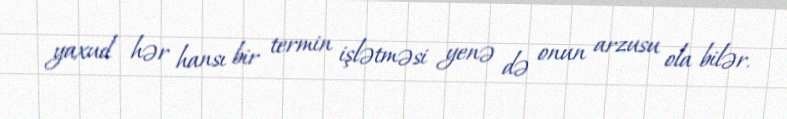
yaxud hər hansı bir termin işlətməsi yenə də onun arzusu ola bilər.